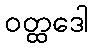
ဝတ္ထဒေါ